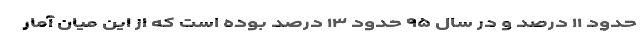
حدود ۱۱ درصد و در سال ۹۵ حدود ۱۳ درصد بوده است که از این میان آمار